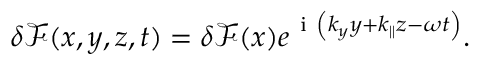
\begin{array} { r } { \delta \mathcal { F } ( x , y , z , t ) = \delta \mathcal { F } ( x ) e ^ { \mathrm { ~ i ~ } \left( k _ { y } y + k _ { \parallel } z - \omega t \right) } . } \end{array}